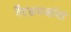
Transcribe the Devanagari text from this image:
गैरसमजांना